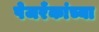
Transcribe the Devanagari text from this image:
पेजरँकांच्या